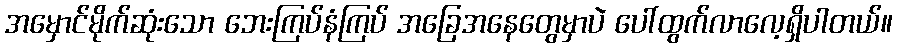
အမှောင်မိုက်ဆုံးသော ဘေးကြပ်နံကြပ် အခြေအနေတွေမှာပဲ ပေါ်ထွက်လာလေ့ရှိပါတယ်။